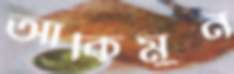
আকিমুন